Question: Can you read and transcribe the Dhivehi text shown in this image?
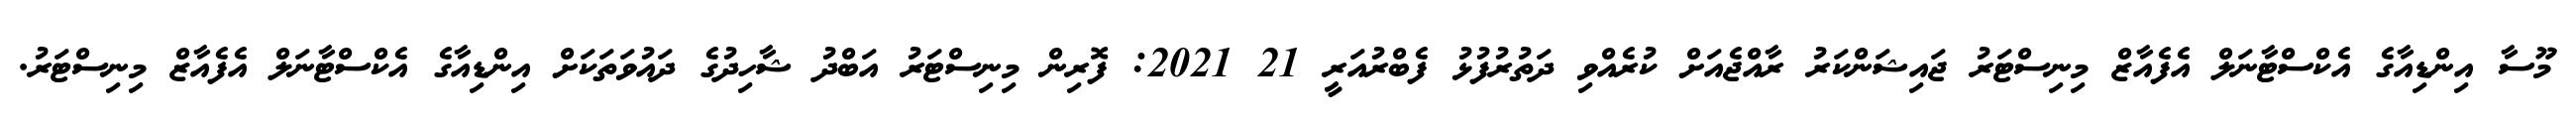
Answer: މޫސާ އިންޑިއާގެ އެކްސްޓާނަލް އެފެއާޒް މިނިސްޓަރު ޖައިޝަންކަރު ރާއްޖެއަށް ކުރެއްވި ދަތުރުފުޅު ފެބްރުއަރީ 21 2021: ފޮރިން މިނިސްޓަރު އަބްދު ޝާހިދުގެ ދައުވަތަކަށް އިންޑިއާގެ އެކްސްޓާނަލް އެފެއާޒް މިނިސްޓަރު.